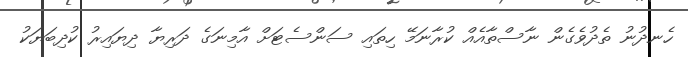
ހެނދުނު ތެދުވެގެން ނާސްތާއެއް ކުރާނަމޭ ހިތައި ސަންސެޓަށް އާމިނަގެ ދަރިޔާ ދިޔައިރު ކުދިބަޔަކު